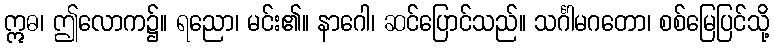
ဣဓ၊ ဤလောက၌။ ရညော၊ မင်း၏။ နာဂေါ၊ ဆင်ပြောင်သည်။ သင်္ဂါမဂတော၊ စစ်မြေပြင်သို့